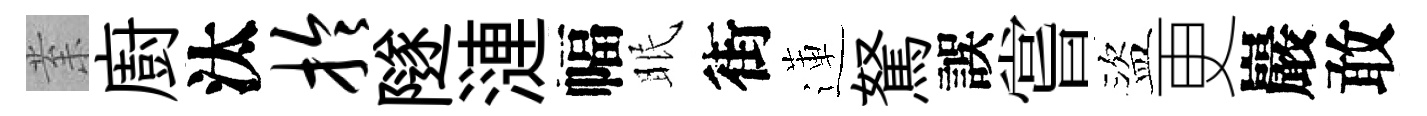
𭪙廚汰拎隧漣幅眠街蓮駑誤嘗盜更巖敢